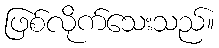
ဖြစ်လိုက်သေးသည်။